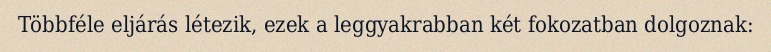
Többféle eljárás létezik, ezek a leggyakrabban két fokozatban dolgoznak: